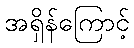
အရှိန်ကြောင့်